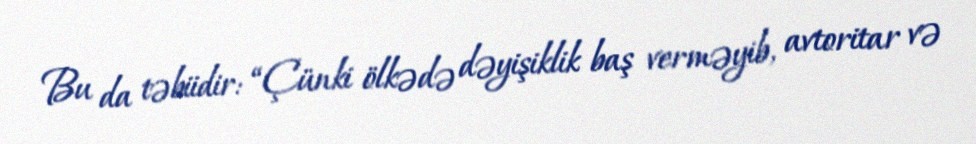
Bu da təbiidir: “Çünki ölkədə dəyişiklik baş verməyib, avtoritar və